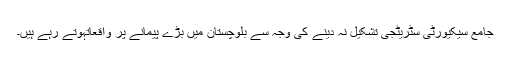
جامع سیکیورٹی سٹریٹجی تشکیل نہ دینے کی وجہ سے بلوچستان میں بڑے پیمانے پر واقعاتہوتے رہے ہیں۔